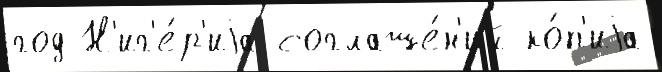
год Н'иг'е́р'иjа соглаше́н'ий ко́п'иjа